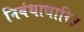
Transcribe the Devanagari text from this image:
निबंधाधारित